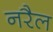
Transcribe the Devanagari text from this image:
नरैल